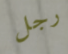
رجل